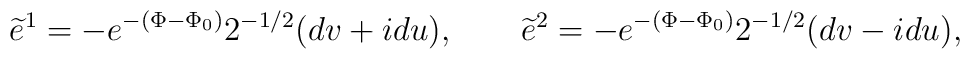
\widetilde e^1 = -  e^{-(\Phi -\Phi_0)} 2^{-1/2}(dv +i du) ,\qquad \widetilde e^2 = -  e^{-(\Phi -\Phi_0)} 2^{-1/2}(dv -i du) ,